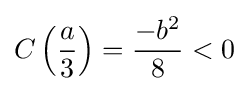
C\left({a \over 3}\right)={-b^{2} \over 8}<0